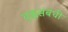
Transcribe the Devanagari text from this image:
वृक्कसंबंधी